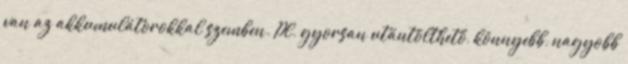
van az akkumulátorokkal szemben. Pl. gyorsan utántölthető, könnyebb, nagyobb